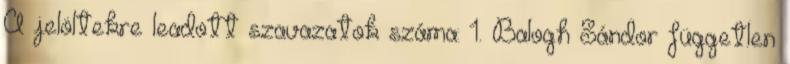
A jelöltekre leadott szavazatok száma: 1. Balogh Sándor független